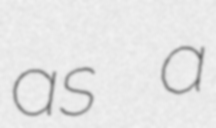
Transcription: as a